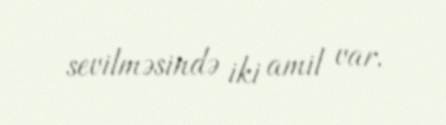
sevilməsində iki amil var.